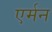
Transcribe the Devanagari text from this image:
एर्मन